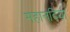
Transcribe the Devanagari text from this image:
महानदिया